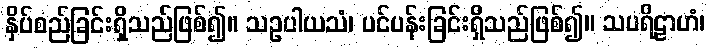
နှိပ်စည်ခြင်းရှိသည်ဖြစ်၍။ သဥပါယသံ၊ ပင်ပန်းခြင်းရှိသည်ဖြစ်၍။ သပရိဠာဟံ၊